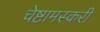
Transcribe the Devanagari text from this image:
चेष्टामस्करी